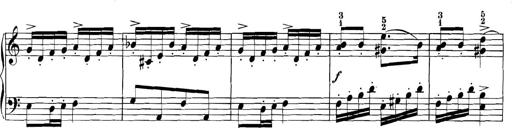
Title: 3 Sonatinas
Composer: Carl Reinecke